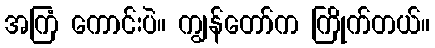
အကြံ ကောင်းပဲ။ ကျွန်တော်က ကြိုက်တယ်။